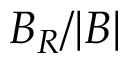
B _ { R } / | B |